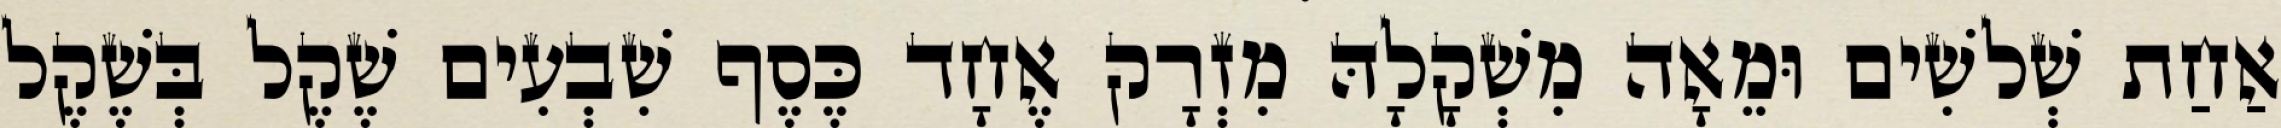
אַחַת שְׁלשִׁים וּמֵאָה מִשְׁקָלָהּ מִזְרָק אֶחָד כֶּסֶף שִׁבְעִים שֶׁקֶל בְּשֶׁקֶל